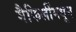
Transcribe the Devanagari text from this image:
मैफिलींमधून